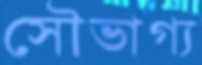
সৌভাগ্য